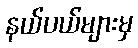
နယ်ပယ်များမှ